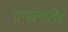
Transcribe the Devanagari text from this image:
तन्त्रान्तरीय